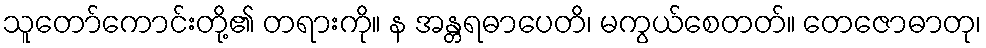
သူတော်ကောင်းတို့၏ တရားကို။ န အန္တရဓာပေတိ၊ မကွယ်စေတတ်။ တေဇောဓာတု၊